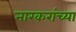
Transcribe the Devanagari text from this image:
नारकरांच्या